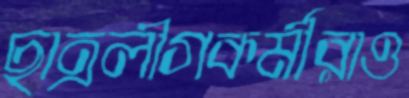
ছাত্রলীগকর্মীরাও